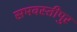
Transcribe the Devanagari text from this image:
समवस्तीपुर